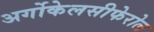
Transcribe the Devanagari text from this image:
अर्गोकेलसीफेरोल